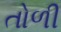
તોળી